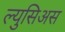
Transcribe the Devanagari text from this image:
ल्युसिअस